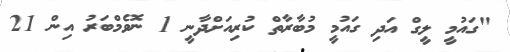
"ގައުމީ ލީގް އަދި ގައުމީ މުބާރާތް ކުރިއަށްދާނީ 1 ނޮވެމްބަރު އިން 21